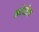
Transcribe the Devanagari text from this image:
कोरोम